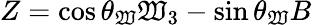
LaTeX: Z=\cos\theta_{\mathfrak{W}}\mathfrak{W}_{3}-\sin\theta_{\mathfrak{W}}B